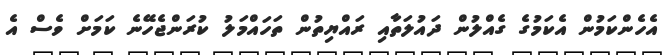
އެހެންކަމުން އެކަމުގެ ގެއްލުން ދައުލަތާއި ރައްޔިތުން ތަހައްމަލު ކުރަންޖެހޭނެ ކަމަށް ވެސް އެ